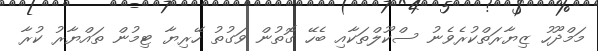
މަމްދޫހު ޒިޔާރަތްކުރެވެނު ސްކޫލްތަކާއި ބެހޭ ގޮތުން ވަގުތު ހޭރިޔާ ޓިމުން ތައްޔާރު ކުރާ